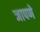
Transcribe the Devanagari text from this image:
नापणे